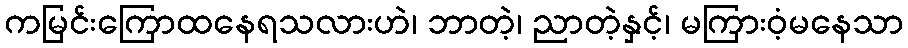
ကမြင်းကြောထနေရသလားဟဲ၊ ဘာတဲ့၊ ညာတဲ့နှင့်၊ မကြားဝံ့မနေသာ